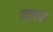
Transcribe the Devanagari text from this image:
ग्राल